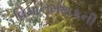
વિમાનમથકની